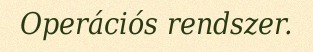
Operációs rendszer.